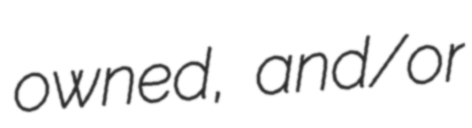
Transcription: owned, and/or